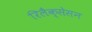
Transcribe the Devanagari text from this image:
रिलैक्सेसन